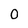
Character: 0